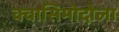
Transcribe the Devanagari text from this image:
क्वासिमोदोला